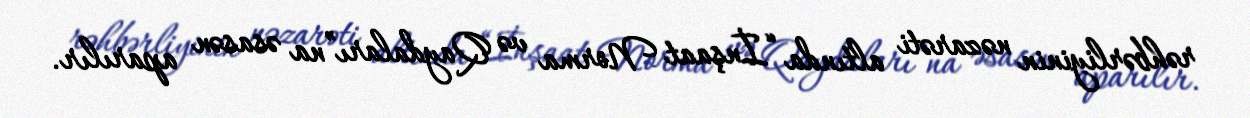
rəhbərliyinin nəzarəti altında “İnşaat Norma və Qaydaları”na əsasən aparılır.